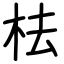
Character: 㭕